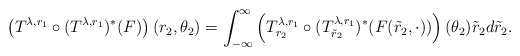
\begin{align*}\left(T^{\lambda,r_1}\circ(T^{\lambda,r_1})^*(F)\right)(r_2,\theta_2) = \int_{-\infty}^\infty \left(T^{\lambda,r_1}_{r_2}\circ(T^{\lambda,r_1}_{\tilde{r}_2})^*(F(\tilde{r}_2,\cdot))\right)(\theta_2) \tilde{r}_2d\tilde{r}_2.\end{align*}